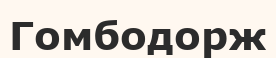
Гомбодорж